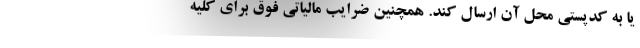
یا به کدپستی محل آن ارسال کند. همچنین ضرایب مالیاتی فوق برای کلیه